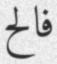
فالح